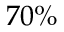
7 0 \%